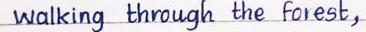
walking through the forest,